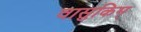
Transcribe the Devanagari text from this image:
वासुकिम्